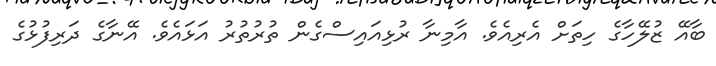
ބާއޭ ޒުލޭހާގެ ހިތަށް އެރިއެވެ. އާމިނާ ރުޅިއައިސްގެން ތުރުތުރު އަޅައެވެ. އޭނާގެ ދަރިފުޅުގެ